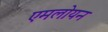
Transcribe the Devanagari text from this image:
एमलोयन